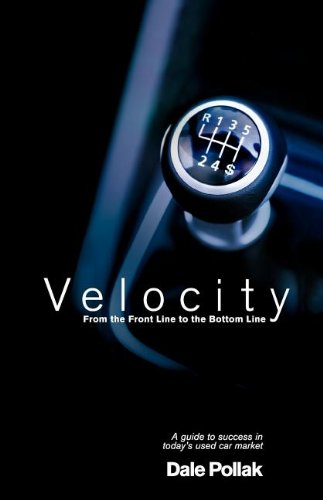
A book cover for Velocity; Dale Pollak; Business & Money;